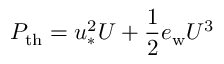
P _ { \mathrm { t h } } = u _ { * } ^ { 2 } U + \frac { 1 } { 2 } e _ { \mathrm { w } } U ^ { 3 }